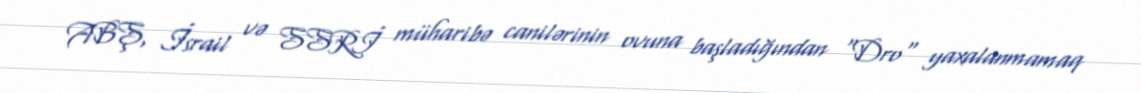
ABŞ, İsrail və SSRİ müharibə canilərinin ovuna başladığından "Dro" yaxalanmamaq